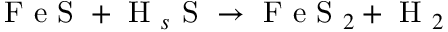
\mathrm { ~ F ~ e ~ S ~ } + \mathrm { ~ H ~ } _ { s } \mathrm { ~ S ~ } \rightarrow \mathrm { ~ F ~ e ~ S ~ } _ { 2 } + \mathrm { ~ H ~ } _ { 2 }